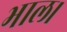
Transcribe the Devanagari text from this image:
भाल।